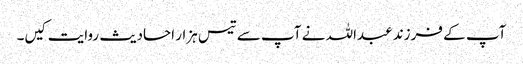
آپ کے فرزند عبداللہ نے آپ سے تیس ہزار احادیث روایت کیں۔